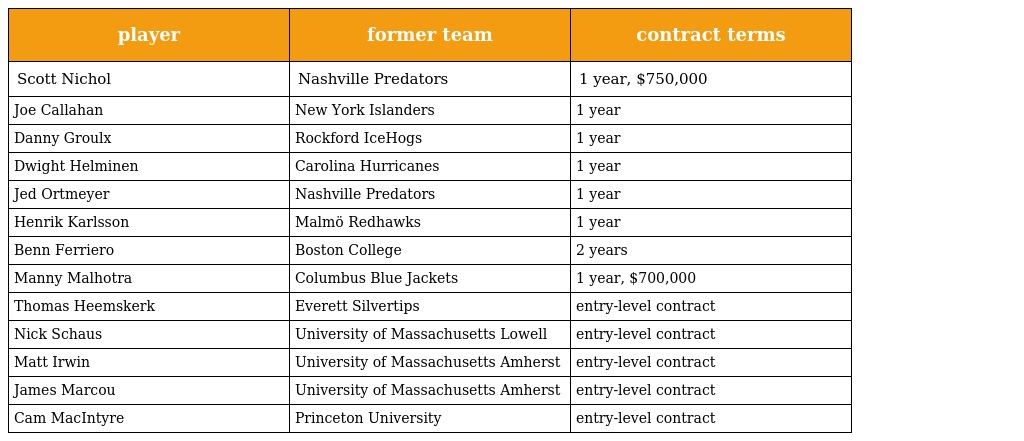
| player | former team | contract terms |
 | --- | --- | --- |
 | Scott Nichol | Nashville Predators | 1 year, $750,000 |
 | Joe Callahan | New York Islanders | 1 year |
 | Danny Groulx | Rockford IceHogs | 1 year |
 | Dwight Helminen | Carolina Hurricanes | 1 year |
 | Jed Ortmeyer | Nashville Predators | 1 year |
 | Henrik Karlsson | Malmö Redhawks | 1 year |
 | Benn Ferriero | Boston College | 2 years |
 | Manny Malhotra | Columbus Blue Jackets | 1 year, $700,000 |
 | Thomas Heemskerk | Everett Silvertips | entry-level contract |
 | Nick Schaus | University of Massachusetts Lowell | entry-level contract |
 | Matt Irwin | University of Massachusetts Amherst | entry-level contract |
 | James Marcou | University of Massachusetts Amherst | entry-level contract |
 | Cam MacIntyre | Princeton University | entry-level contract |